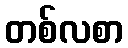
တစ်လစာ